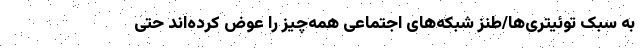
به سبک توئیتری‌ها/طنز شبکه‌های اجتماعی همه‌چیز را عوض کرده‌اند حتی